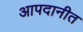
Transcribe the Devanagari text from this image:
आपदानीत